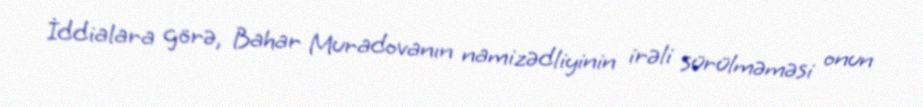
İddialara görə, Bahar Muradovanın namizədliyinin irəli sürülməməsi onun